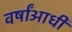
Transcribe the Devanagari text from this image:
वर्षांआधी